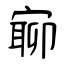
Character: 窷